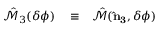
\begin{array} { r l r } { \hat { \mathcal { M } } _ { 3 } ( \delta \phi ) } & { { } \equiv } & { \hat { \mathcal { M } } ( { \bf \hat { n } _ { 3 } } , \delta \phi ) } \end{array}